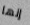
إنها